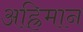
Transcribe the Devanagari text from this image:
अह्रिमान